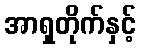
အာရှတိုက်နှင့်